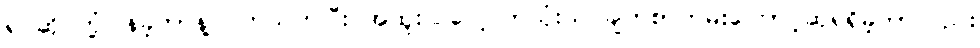
ရင်ဆိုင်တုံ့ပြန်ခဲ့တာနဲ့ ပတ်သက်ပြီး အထူးပြုလေ့လာသုံးသပ်ချက်စာတမ်းကြောင့်ဆုရရှိခဲ့တာလည်း